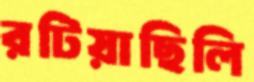
রটিয়াছিলি